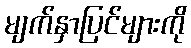
မျက်နှာပြင်များကို